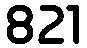
821